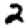
Digit: 2